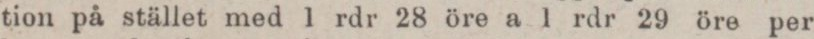
tion på stället med 1 rdr 28 öre a 1 rdr 29 öre per